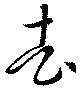
去